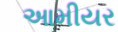
આમીયર